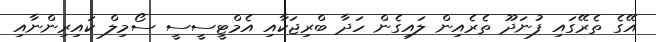
އޭގެ ތެރޭގައި ފުނަދޫ ތެރެއިން ލައިގެން ހަދާ ބްރިޖަކާއި އެމްޓީސީސީ ސޯމިލް ކައިރިންނާއި